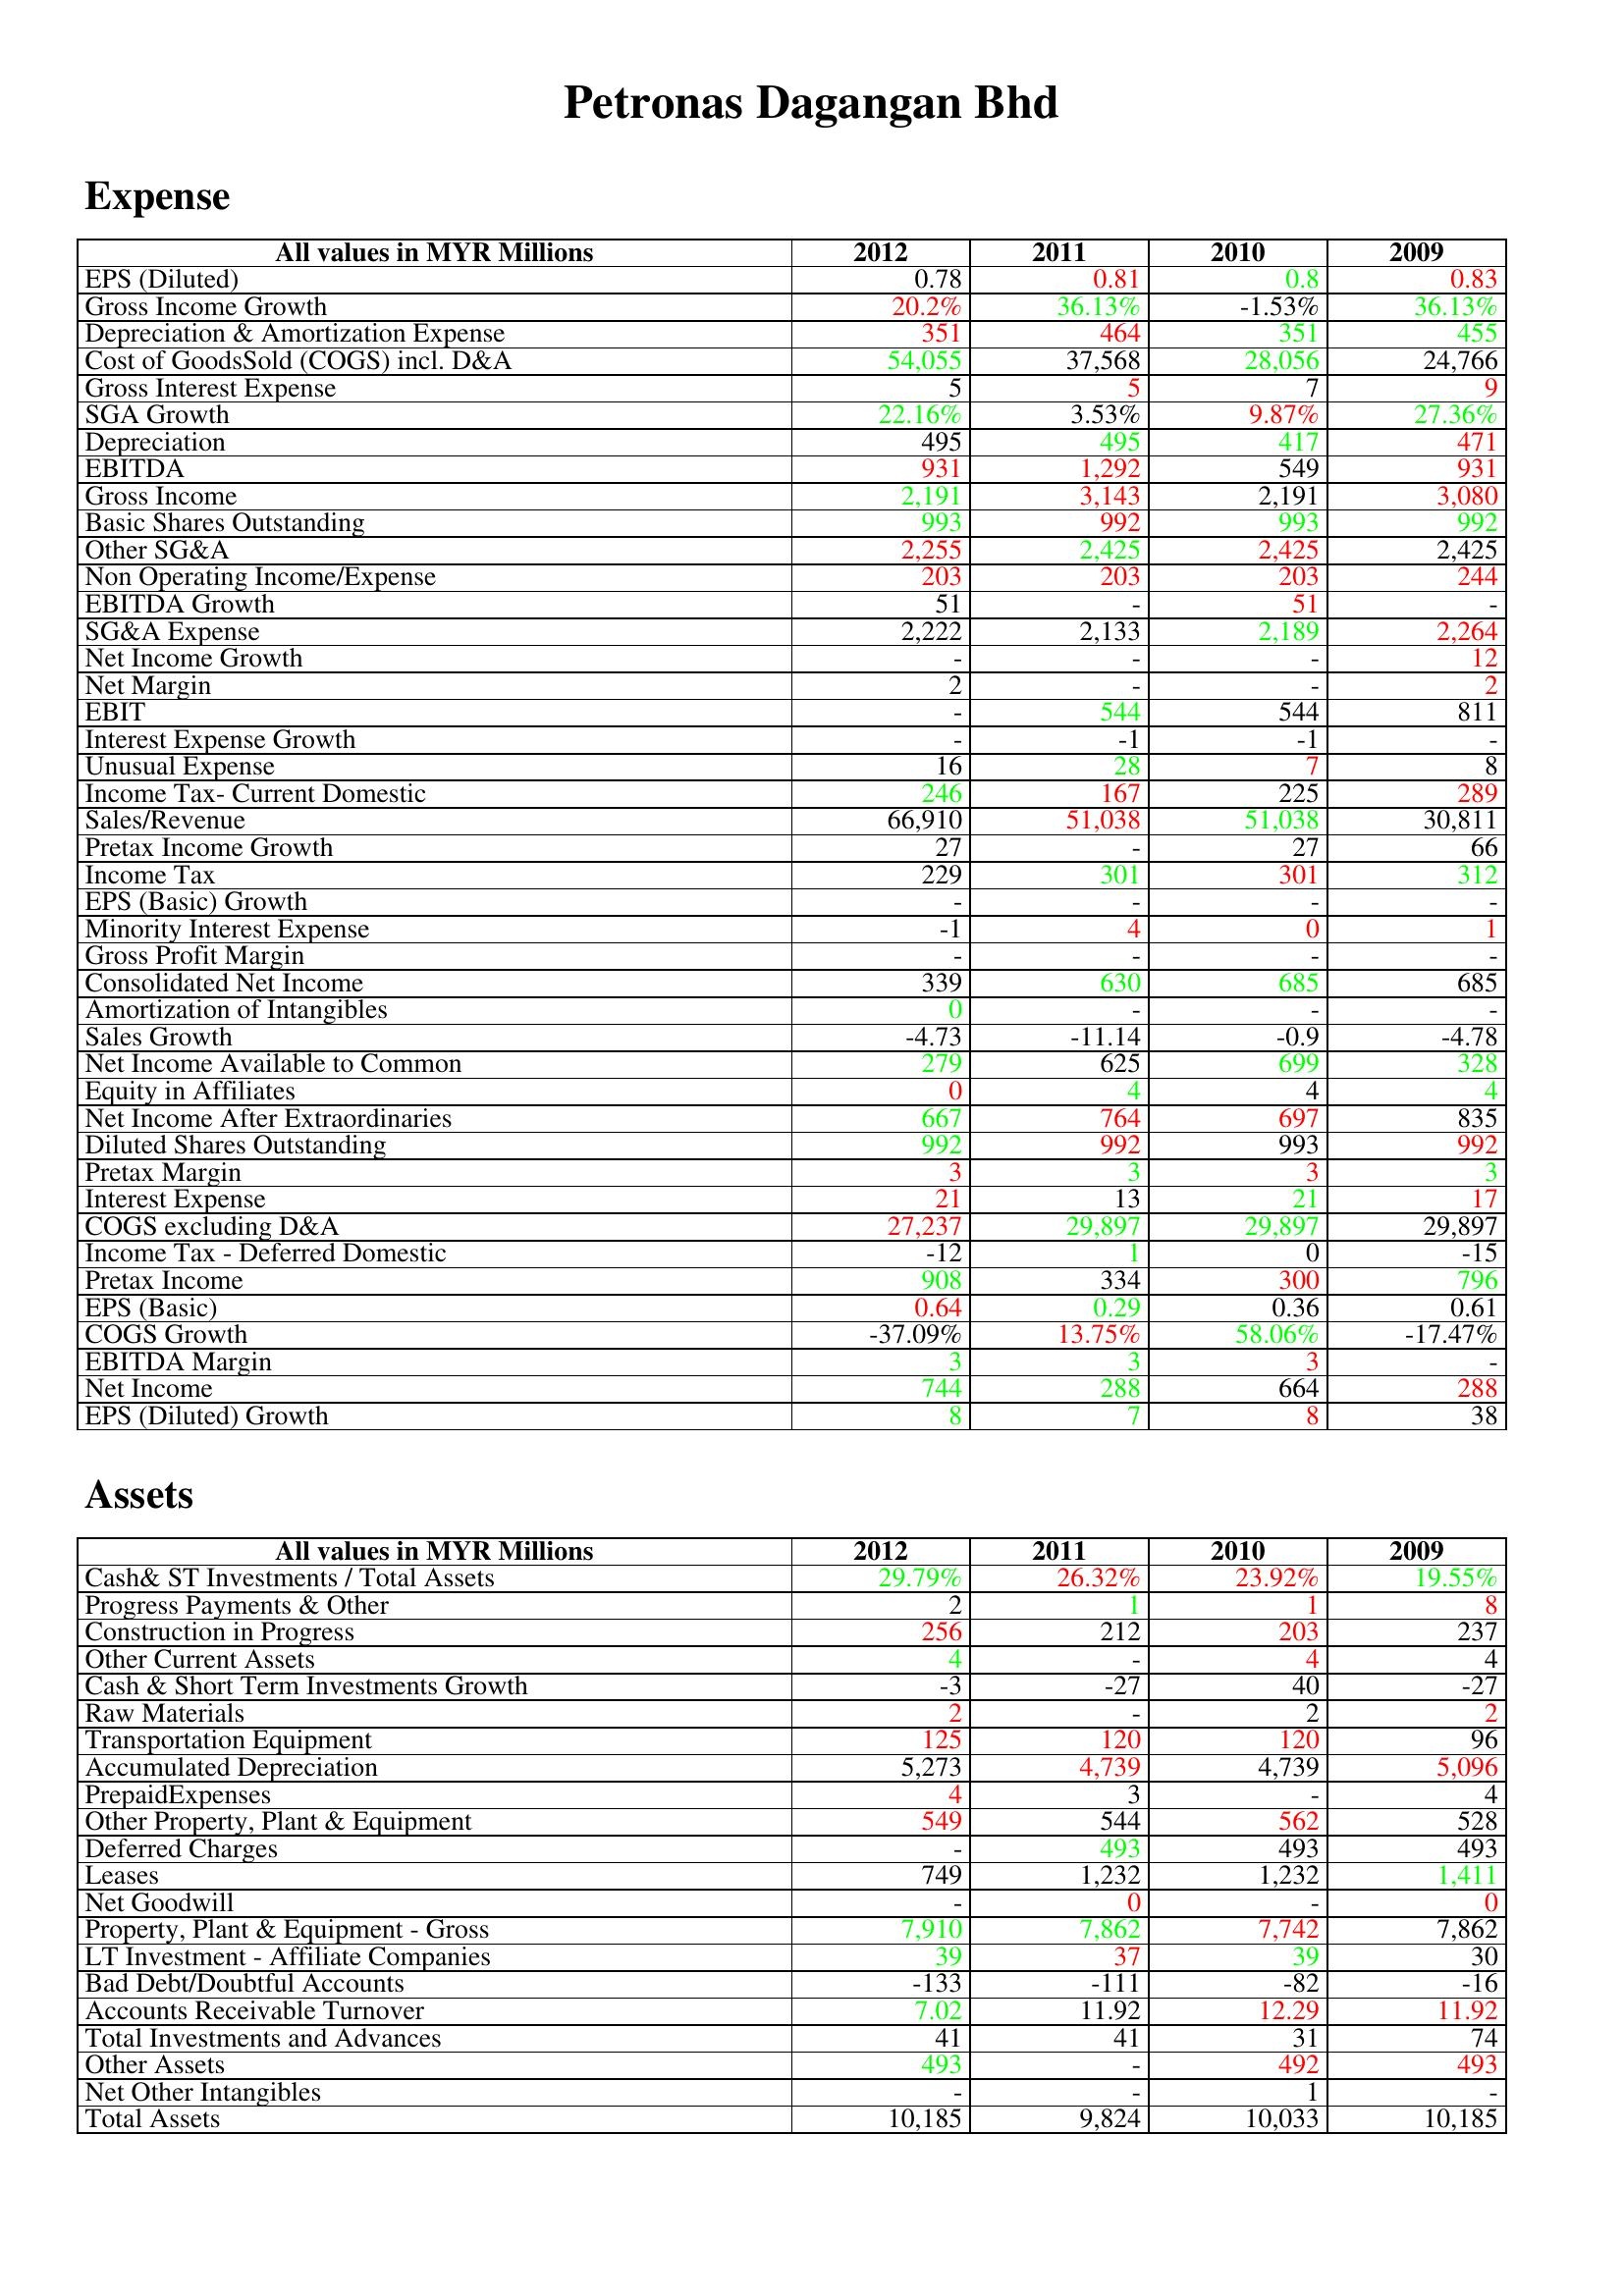
gt_parse: 2012: Expense: EPS (Diluted): 0.78
Gross Income Growth: 20.2%
Depreciation & Amortization Expense: 351
Cost of GoodsSold (COGS) incl. D&A: 54,055
Gross Interest Expense: 5
SGA Growth: 22.16%
Depreciation: 495
EBITDA: 931
Gross Income: 2,191
Basic Shares Outstanding: 993
Other SG&A: 2,255
Non Operating Income/Expense: 203
EBITDA Growth: 51
SG&A Expense: 2,222
Net Income Growth: -
Net Margin: 2
EBIT: -
Interest Expense Growth: -
Unusual Expense: 16
Income Tax- Current Domestic: 246
Sales/Revenue: 66,910
Pretax Income Growth: 27
Income Tax: 229
EPS (Basic) Growth: -
Minority Interest Expense: -1
Gross Profit Margin: -
Consolidated Net Income: 339
Amortization of Intangibles: 0
Sales Growth: -4.73
Net Income Available to Common: 279
Equity in Affiliates: 0
Net Income After Extraordinaries: 667
Diluted Shares Outstanding: 992
Pretax Margin: 3
Interest Expense: 21
COGS excluding D&A: 27,237
Income Tax - Deferred Domestic: -12
Pretax Income: 908
EPS (Basic): 0.64
COGS Growth: -37.09%
EBITDA Margin: 3
Net Income: 744
EPS (Diluted) Growth: 8
Assets: Cash& ST Investments / Total Assets: 29.79%
Progress Payments & Other: 2
Construction in Progress: 256
Other Current Assets: 4
Cash & Short Term Investments Growth: -3
Raw Materials: 2
Transportation Equipment: 125
Accumulated Depreciation: 5,273
PrepaidExpenses: 4
Other Property, Plant & Equipment: 549
Deferred Charges: -
Leases: 749
Net Goodwill: -
Property, Plant & Equipment - Gross : 7,910
LT Investment - Affiliate Companies: 39
Bad Debt/Doubtful Accounts: -133
Accounts Receivable Turnover: 7.02
Total Investments and Advances: 41
Other Assets: 493
Net Other Intangibles: -
Total Assets: 10,185
2011: Expense: EPS (Diluted): 0.81
Gross Income Growth: 36.13%
Depreciation & Amortization Expense: 464
Cost of GoodsSold (COGS) incl. D&A: 37,568
Gross Interest Expense: 5
SGA Growth: 3.53%
Depreciation: 495
EBITDA: 1,292
Gross Income: 3,143
Basic Shares Outstanding: 992
Other SG&A: 2,425
Non Operating Income/Expense: 203
EBITDA Growth: -
SG&A Expense: 2,133
Net Income Growth: -
Net Margin: -
EBIT: 544
Interest Expense Growth: -1
Unusual Expense: 28
Income Tax- Current Domestic: 167
Sales/Revenue: 51,038
Pretax Income Growth: -
Income Tax: 301
EPS (Basic) Growth: -
Minority Interest Expense: 4
Gross Profit Margin: -
Consolidated Net Income: 630
Amortization of Intangibles: -
Sales Growth: -11.14
Net Income Available to Common: 625
Equity in Affiliates: 4
Net Income After Extraordinaries: 764
Diluted Shares Outstanding: 992
Pretax Margin: 3
Interest Expense: 13
COGS excluding D&A: 29,897
Income Tax - Deferred Domestic: 1
Pretax Income: 334
EPS (Basic): 0.29
COGS Growth: 13.75%
EBITDA Margin: 3
Net Income: 288
EPS (Diluted) Growth: 7
Assets: Cash& ST Investments / Total Assets: 26.32%
Progress Payments & Other: 1
Construction in Progress: 212
Other Current Assets: -
Cash & Short Term Investments Growth: -27
Raw Materials: -
Transportation Equipment: 120
Accumulated Depreciation: 4,739
PrepaidExpenses: 3
Other Property, Plant & Equipment: 544
Deferred Charges: 493
Leases: 1,232
Net Goodwill: 0
Property, Plant & Equipment - Gross : 7,862
LT Investment - Affiliate Companies: 37
Bad Debt/Doubtful Accounts: -111
Accounts Receivable Turnover: 11.92
Total Investments and Advances: 41
Other Assets: -
Net Other Intangibles: -
Total Assets: 9,824
2010: Expense: EPS (Diluted): 0.8
Gross Income Growth: -1.53%
Depreciation & Amortization Expense: 351
Cost of GoodsSold (COGS) incl. D&A: 28,056
Gross Interest Expense: 7
SGA Growth: 9.87%
Depreciation: 417
EBITDA: 549
Gross Income: 2,191
Basic Shares Outstanding: 993
Other SG&A: 2,425
Non Operating Income/Expense: 203
EBITDA Growth: 51
SG&A Expense: 2,189
Net Income Growth: -
Net Margin: -
EBIT: 544
Interest Expense Growth: -1
Unusual Expense: 7
Income Tax- Current Domestic: 225
Sales/Revenue: 51,038
Pretax Income Growth: 27
Income Tax: 301
EPS (Basic) Growth: -
Minority Interest Expense: 0
Gross Profit Margin: -
Consolidated Net Income: 685
Amortization of Intangibles: -
Sales Growth: -0.9
Net Income Available to Common: 699
Equity in Affiliates: 4
Net Income After Extraordinaries: 697
Diluted Shares Outstanding: 993
Pretax Margin: 3
Interest Expense: 21
COGS excluding D&A: 29,897
Income Tax - Deferred Domestic: 0
Pretax Income: 300
EPS (Basic): 0.36
COGS Growth: 58.06%
EBITDA Margin: 3
Net Income: 664
EPS (Diluted) Growth: 8
Assets: Cash& ST Investments / Total Assets: 23.92%
Progress Payments & Other: 1
Construction in Progress: 203
Other Current Assets: 4
Cash & Short Term Investments Growth: 40
Raw Materials: 2
Transportation Equipment: 120
Accumulated Depreciation: 4,739
PrepaidExpenses: -
Other Property, Plant & Equipment: 562
Deferred Charges: 493
Leases: 1,232
Net Goodwill: -
Property, Plant & Equipment - Gross : 7,742
LT Investment - Affiliate Companies: 39
Bad Debt/Doubtful Accounts: -82
Accounts Receivable Turnover: 12.29
Total Investments and Advances: 31
Other Assets: 492
Net Other Intangibles: 1
Total Assets: 10,033
2009: Expense: EPS (Diluted): 0.83
Gross Income Growth: 36.13%
Depreciation & Amortization Expense: 455
Cost of GoodsSold (COGS) incl. D&A: 24,766
Gross Interest Expense: 9
SGA Growth: 27.36%
Depreciation: 471
EBITDA: 931
Gross Income: 3,080
Basic Shares Outstanding: 992
Other SG&A: 2,425
Non Operating Income/Expense: 244
EBITDA Growth: -
SG&A Expense: 2,264
Net Income Growth: 12
Net Margin: 2
EBIT: 811
Interest Expense Growth: -
Unusual Expense: 8
Income Tax- Current Domestic: 289
Sales/Revenue: 30,811
Pretax Income Growth: 66
Income Tax: 312
EPS (Basic) Growth: -
Minority Interest Expense: 1
Gross Profit Margin: -
Consolidated Net Income: 685
Amortization of Intangibles: -
Sales Growth: -4.78
Net Income Available to Common: 328
Equity in Affiliates: 4
Net Income After Extraordinaries: 835
Diluted Shares Outstanding: 992
Pretax Margin: 3
Interest Expense: 17
COGS excluding D&A: 29,897
Income Tax - Deferred Domestic: -15
Pretax Income: 796
EPS (Basic): 0.61
COGS Growth: -17.47%
EBITDA Margin: -
Net Income: 288
EPS (Diluted) Growth: 38
Assets: Cash& ST Investments / Total Assets: 19.55%
Progress Payments & Other: 8
Construction in Progress: 237
Other Current Assets: 4
Cash & Short Term Investments Growth: -27
Raw Materials: 2
Transportation Equipment: 96
Accumulated Depreciation: 5,096
PrepaidExpenses: 4
Other Property, Plant & Equipment: 528
Deferred Charges: 493
Leases: 1,411
Net Goodwill: 0
Property, Plant & Equipment - Gross : 7,862
LT Investment - Affiliate Companies: 30
Bad Debt/Doubtful Accounts: -16
Accounts Receivable Turnover: 11.92
Total Investments and Advances: 74
Other Assets: 493
Net Other Intangibles: -
Total Assets: 10,185